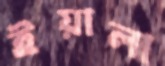
ইয়ালা